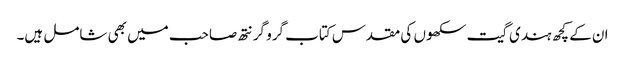
ان کے کچھ ہندی گیت سکھوں کی مقدس کتاب گرو گرنتھ صاحب میں بھی شامل ہیں۔